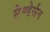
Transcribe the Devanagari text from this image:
सैण्डेर्सन